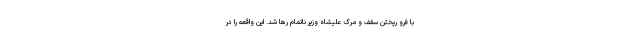
با فرو ریختن سقف و مرگ علیشاه وزیر ناتمام رها شد. این واقعه را در